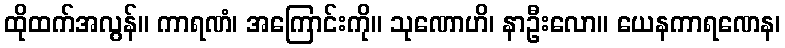
ထိုထက်အလွန်။ ကာရဏံ၊ အကြောင်းကို။ သုဏောဟိ၊ နာဦးလော။ ယေနကာရဏေန၊